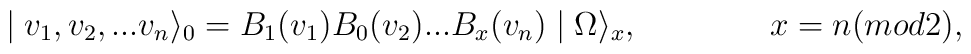
\mid v_1,v_2,...v_n\rangle_0=B_1(v_1)B_0(v_2)...B_x(v_n)\mid\Omega\rangle_x,\qquad \qquad x=n(mod 2),